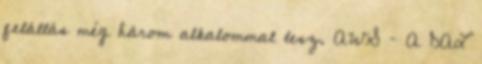
felállás még három alkalommal lesz. AWS – A DAL